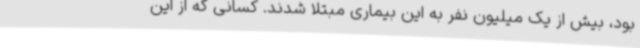
بود، بیش از یک میلیون نفر به این بیماری مبتلا شدند. کسانی که از این